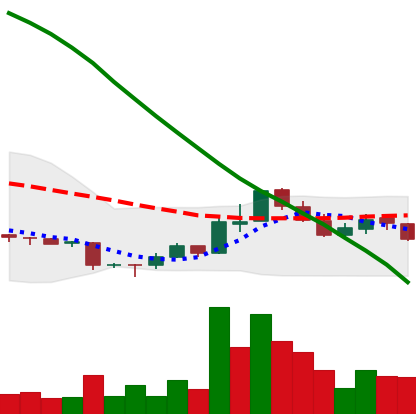
Ticker: ADA-USD
Chart end date: 2018-11-13
Forward return: -15.878%
Label: down_7plus